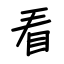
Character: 看